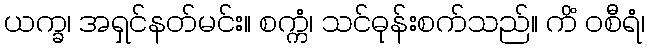
ယက္ခ၊ အရှင်နတ်မင်း။ စက္ကံ၊ သင်ဓုန်းစက်သည်။ ကိံ ဝစီရံ၊